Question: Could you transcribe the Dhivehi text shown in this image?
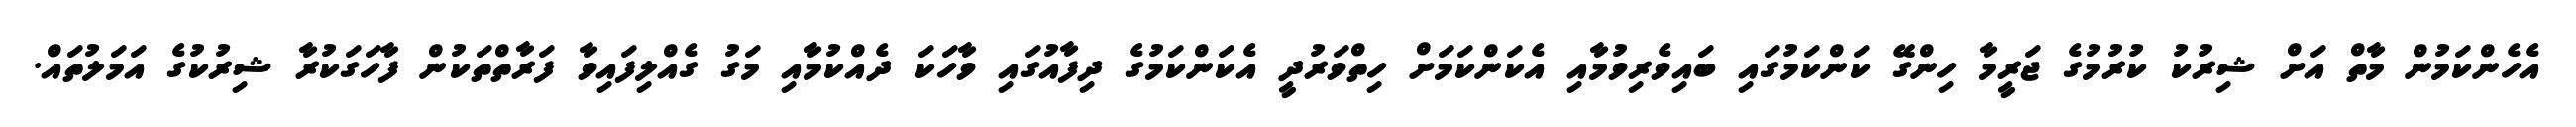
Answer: އެހެންކަމުން މާތް އަށް ޝިރުކު ކުރުމުގެ ޖަރީމާ ހިންގޭ ކަންކަމުގައި ބައިވެރިވުމާއި އެކަންކަމަށް ހިތްވަރުދީ އެކަންކަމުގެ ދިފާއުގައި ވާހަކަ ދެއްކުމާއި މަގު ގެއްލިފައިވާ ފަރާތްތަކުން ފާހަގަކުރާ ޝިރުކުގެ އަމަލުތައް.